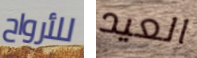
للأرواح العيد